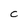
Character: C